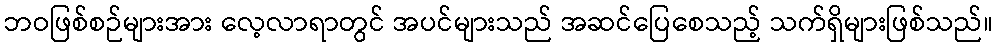
ဘဝဖြစ်စဉ်များအား လေ့လာရာတွင် အပင်များသည် အဆင်ပြေစေသည့် သက်ရှိများဖြစ်သည်။